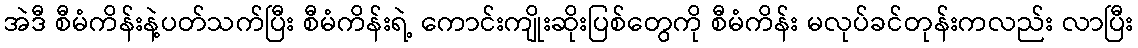
အဲဒီ စီမံကိန်းနဲ့ပတ်သက်ပြီး စီမံကိန်းရဲ့ ကောင်းကျိုးဆိုးပြစ်တွေကို စီမံကိန်း မလုပ်ခင်တုန်းကလည်း လာပြီး